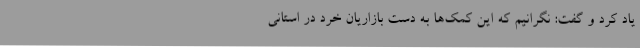
یاد کرد و گفت: نگرانیم که این کمک‌ها به دست بازاریان خرد در استانی